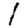
Digit: 1